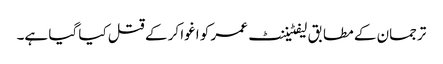
ترجمان کے مطابق لیفٹیننٹ عمر کو اغوا کر کے قتل کیا گیا ہے۔